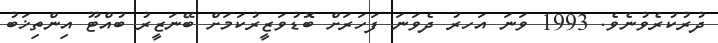
ދުރުކުރެވުނެވެ. 1993 ވަނަ އަހރު ދެވަނަ ފަހަރަށް ބޮޑުވަޒީރުކަމަށް ބޭނަޒީރު ބުއްޓޫ އިންތިޚަބު